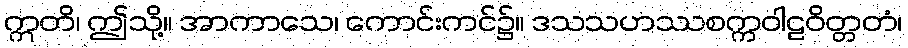
ဣတိ၊ ဤသို့။ အာကာသေ၊ ကောင်းကင်၌။ ဒသသဟဿစက္ကဝါဠဝိတ္တတံ၊